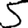
Digit: 5